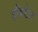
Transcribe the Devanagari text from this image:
हबिटेट